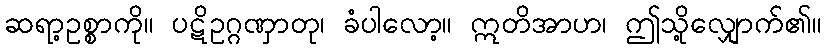
ဆရာ့ဥစ္စာကို။ ပဋိဥဂ္ဂဏှာတု၊ ခံပါလော့။ ဣတိအာဟ၊ ဤသို့လျှောက်၏။